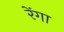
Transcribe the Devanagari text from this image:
रेंगा